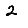
Digit: 2